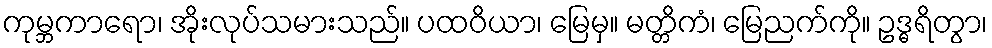
ကုမ္ဘကာရော၊ အိုးလုပ်သမားသည်။ ပထဝိယာ၊ မြေမှ။ မတ္တိကံ၊ မြေညက်ကို။ ဥဒ္ဓရိတွာ၊